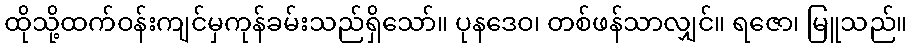
ထိုသို့ထက်ဝန်းကျင်မှကုန်ခမ်းသည်ရှိသော်။ ပုနဒေဝ၊ တစ်ဖန်သာလျှင်။ ရဇော၊ မြူသည်။